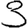
Digit: 3